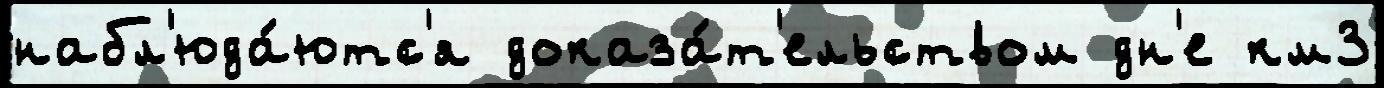
набл'юда́ютс'я доказа́т'ельством дн'е км3